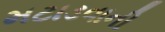
મટાડવાની